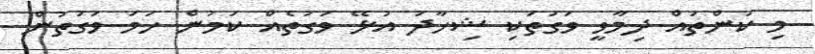
މި ކަންތައް ދިމާވީ ވަގުތަކި ޝިހާދު އުޅޭ ވަގުތެއް ކަމުން ހަމަ ވަގުތުން